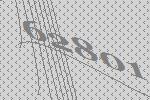
62801